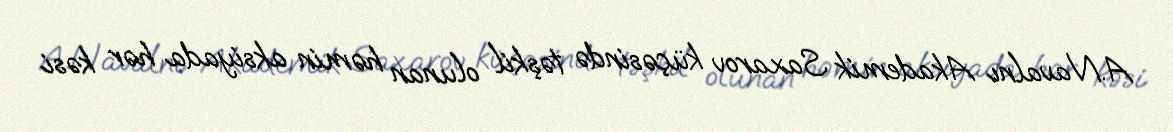
A.Navalnı Akademik Saxarov küçəsində təşkil olunan həmin aksiyada hər kəsi